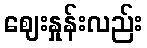
ဈေးနှုန်းလည်း